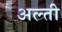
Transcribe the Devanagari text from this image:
अल्ती